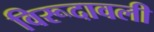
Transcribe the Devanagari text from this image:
विरूदावली